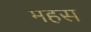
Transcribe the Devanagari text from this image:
महस